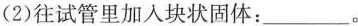
(2)往试管里加入块状固体：___。